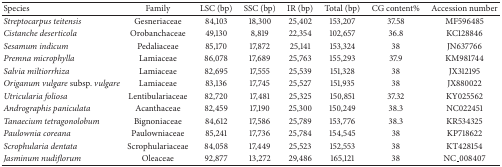
<table><thead><tr><td><b>Species</b></td><td><b>Family</b></td><td><b>LSC (bp)</b></td><td><b>SSC (bp)</b></td><td><b>IR (bp)</b></td><td><b>Total (bp)</b></td><td><b>CG content%</b></td><td><b>Accession number</b></td></tr></thead><tbody><tr><td><i>Streptocarpus teitensis</i></td><td>Gesneriaceae</td><td>84,103</td><td>18,300</td><td>25,402</td><td>153,207</td><td>37.58</td><td>MF596485</td></tr><tr><td><i>Cistanche deserticola</i></td><td>Orobanchaceae</td><td>49,130</td><td>8,819</td><td>22,354</td><td>102,657</td><td>36.8</td><td>KC128846</td></tr><tr><td><i>Sesamum indicum</i></td><td>Pedaliaceae</td><td>85,170</td><td>17,872</td><td>25,141</td><td>153,324</td><td>38</td><td>JN637766</td></tr><tr><td><i>Premna microphylla</i></td><td>Lamiaceae</td><td>86,078</td><td>17,689</td><td>25,763</td><td>155,293</td><td>37.9</td><td>KM981744</td></tr><tr><td><i>Salvia miltiorrhiza</i></td><td>Lamiaceae</td><td>82,695</td><td>17,555</td><td>25,539</td><td>151,328</td><td>38</td><td>JX312195</td></tr><tr><td><i>Origanum vulgare </i>subsp.<i> vulgare</i></td><td>Lamiaceae</td><td>83,136</td><td>17,745</td><td>25,527</td><td>151,935</td><td>38</td><td>JX880022</td></tr><tr><td><i>Utricularia foliosa</i></td><td>Lentibulariaceae</td><td>82,720</td><td>17,481</td><td>25,325</td><td>150,851</td><td>37.32</td><td>KY025562</td></tr><tr><td><i>Andrographis paniculata</i></td><td>Acanthaceae</td><td>82,459</td><td>17,190</td><td>25,300</td><td>150,249</td><td>38.3</td><td>NC022451</td></tr><tr><td><i>Tanaecium tetragonolobum</i></td><td>Bignoniaceae</td><td>84,612</td><td>17,586</td><td>25,789</td><td>153,776</td><td>38.3</td><td>KR534325</td></tr><tr><td><i>Paulownia coreana</i></td><td>Paulowniaceae</td><td>85,241</td><td>17,736</td><td>25,784</td><td>154,545</td><td>38</td><td>KP718622</td></tr><tr><td><i>Scrophularia dentata</i></td><td>Scrophulariaceae</td><td>84,058</td><td>17,449</td><td>25,523</td><td>152,553</td><td>38</td><td>KT428154</td></tr><tr><td><i>Jasminum nudiflorum</i></td><td>Oleaceae</td><td>92,877</td><td>13,272</td><td>29,486</td><td>165,121</td><td>38</td><td>NC_008407</td></tr></tbody></table>